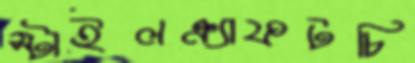
স্টাইলক্র্যাফটচি